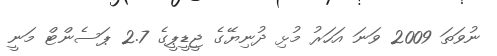
ނުވަތަ 2009 ވަނަ އަހަރު މުޅި ދުނިޔޭގެ ޖީޑީޕީގެ 2.7 ޕަސެންޓް މަނީ